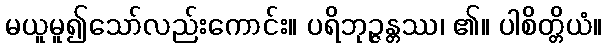
မယူမူ၍သော်လည်းကောင်း။ ပရိဘုဉ္ဇန္တဿ၊ ၏။ ပါစိတ္တိယံ။